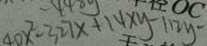
4 0 x ^ { 2 } - 3 2 7 x + 1 4 x y - 1 1 2 y -